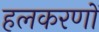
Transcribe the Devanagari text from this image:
हलकरणों